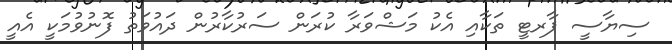
ސިޔާސީ ޕާރޓީ ތަކާއި އެކު މަޝްވަރާ ކުރަން ސަރުކާރުން ދައުވަތު ފޮނުވުމަކީ އެއީ